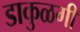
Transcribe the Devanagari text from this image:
डाकुळगी